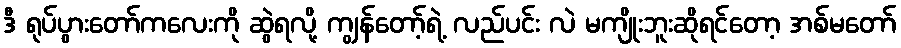
ဒီ ရုပ်ပွားတော်ကလေးကို ဆွဲရလို့ ကျွန်တော့်ရဲ့ လည်ပင်း လဲ မကျိုးဘူးဆိုရင်တော့ အစ်မတော်